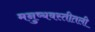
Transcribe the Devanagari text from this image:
मनुष्यवस्तीतली